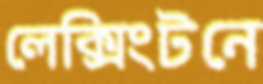
লেক্সিংটনে